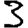
Digit: 3